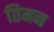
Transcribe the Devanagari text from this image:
तिमन